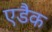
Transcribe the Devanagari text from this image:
एडैक